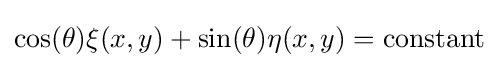
\cos(\theta )\xi (x,y)+\sin(\theta )\eta (x,y)={\text{constant}}